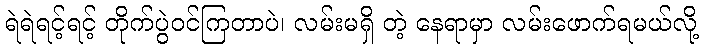
ရဲရဲရင့်ရင့် တိုက်ပွဲဝင်ကြတာပဲ၊ လမ်းမရှိ တဲ့ နေရာမှာ လမ်းဖောက်ရမယ်လို့